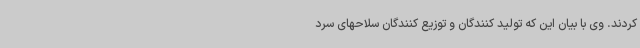
کردند. وی با بیان این که تولید کنندگان و توزیع کنندگان سلاحهای سرد